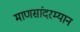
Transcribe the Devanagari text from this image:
माणसांदरम्यान